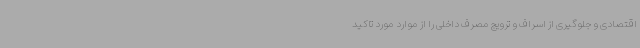
اقتصادی و جلوگیری از اسراف و ترویج مصرف داخلی را از موارد مورد تاکید